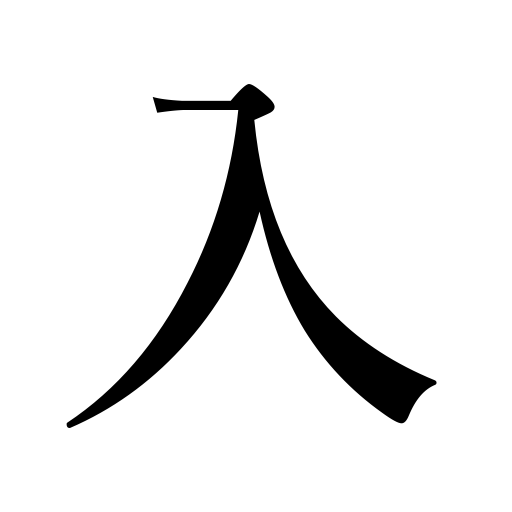
Meanings: comprehend,admit,let in,hold,introduce,put in,employ,contain,set in,join,insert,accommodate,usher in,come in,go in,enter,break into,commit to prison,listen to,set,cast votes,take in,set jewels,enroll,pay interest,bring in,include,tolerate,flow into,have an income of